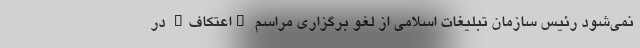
نمی‌شود رئیس سازمان تبلیغات اسلامی از لغو برگزاری مراسم "اعتکاف" در